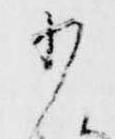
少